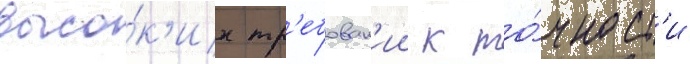
высо́к'их тр'ебован'ии к то́чност'и